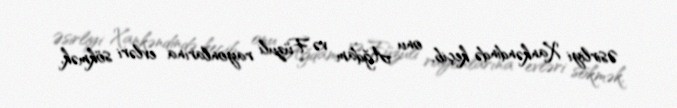
Əsirliyi Xankəndində keçib, onu Ağdam və Füzuli rayonlarına evləri sökmək,